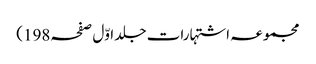
مجموعہ اشتہارات جلد اوّل صفحہ198)